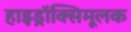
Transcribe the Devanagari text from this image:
हाइड्रॉक्सिमूलक